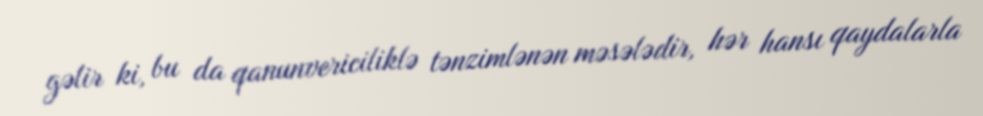
gəlir ki, bu da qanunvericiliklə tənzimlənən məsələdir, hər hansı qaydalarla